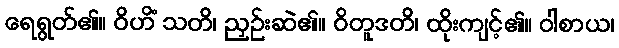
ရေရွတ်၏။ ဝိဟိံ သတိ၊ ညှဉ်းဆဲ၏။ ဝိတူဒတိ၊ ထိုးကျင့်၏။ ဝါစာယ၊